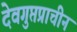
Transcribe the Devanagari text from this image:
देवगुप्तप्राचीन